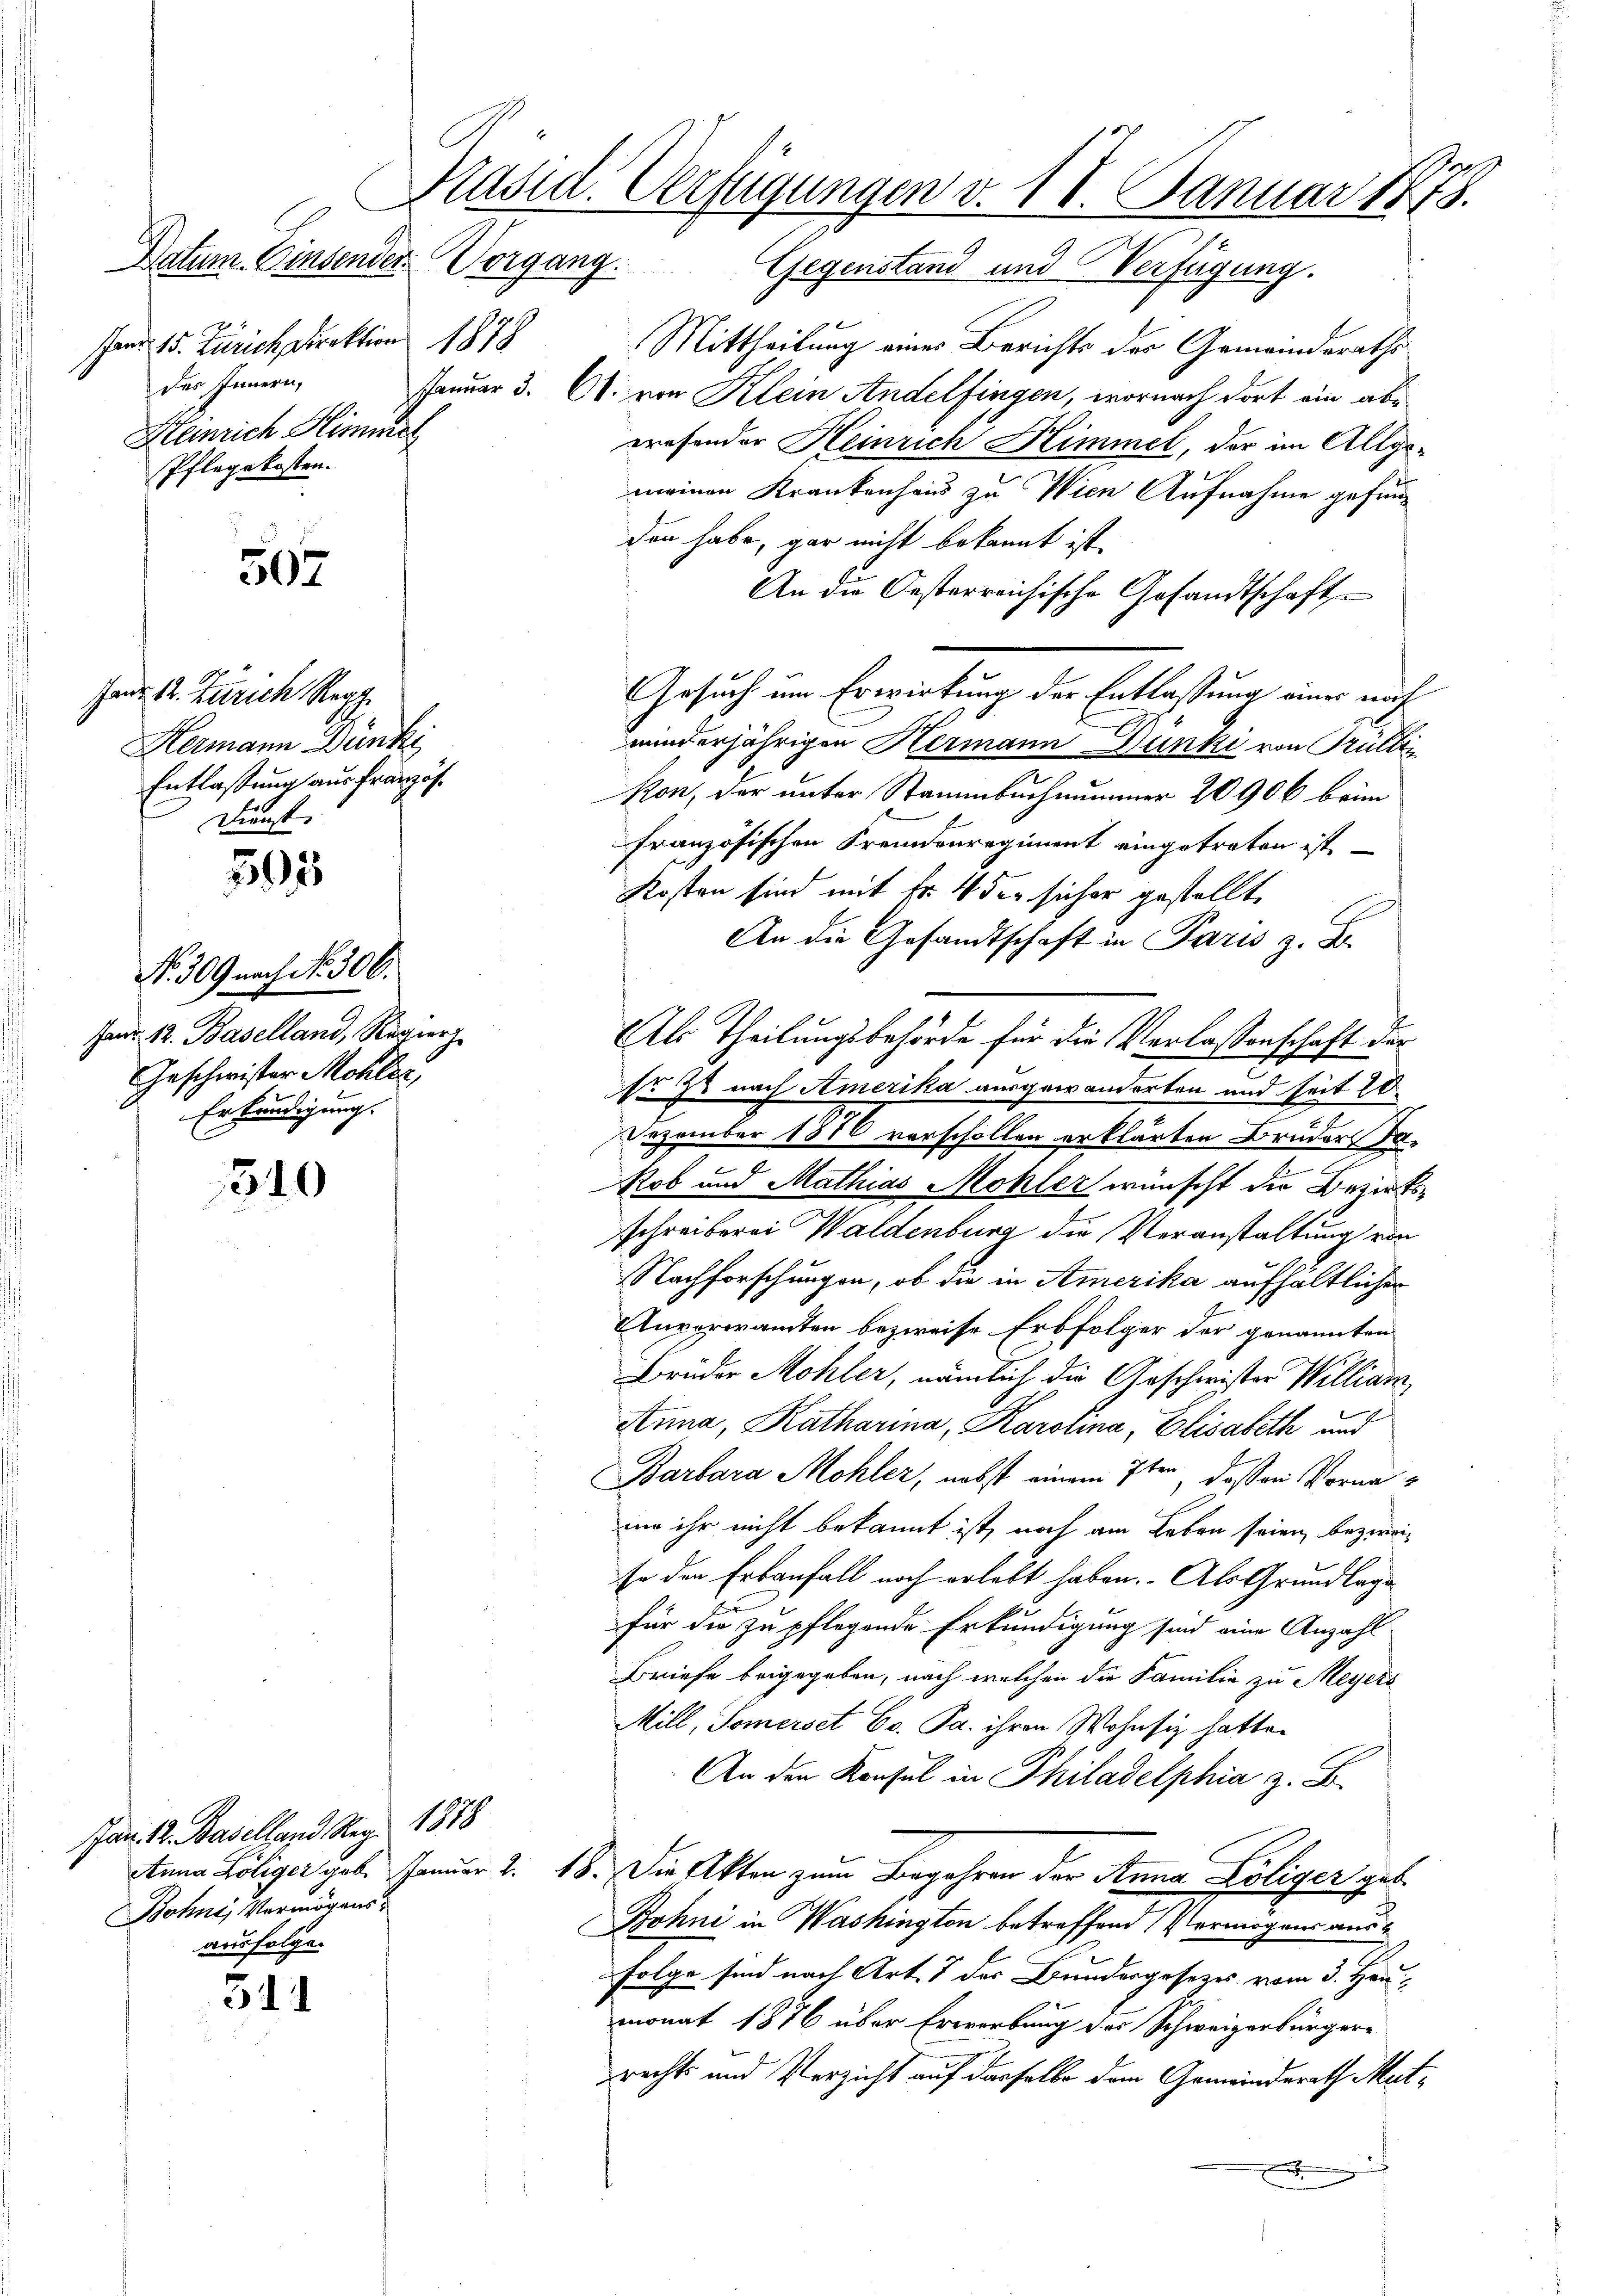
Janr. 15. Zürich Direktion 1878
des Innern,
Heinrich Himmer
Pflegekosten.

507

302

540

511

e
Präsid. Verfügungen v. 18. Januar 1848.
Datum. Einsender Vorgang. Gegenstand und Verfügung.

Janr. 12. Zürich Reg.
Hermann Dunke
Entlassung aus französ.
Dienst.

No. 309 nach No. 306.
Hand 12. Baselland, Regier
Geschwister Mohler,
Erkundigung.

Jan. 12. Baselland Reg. 1888
Bohne Vermögensausfolgen

Mittheilung eines Berichts der Gemeindsraths¬
Januar 3. C. von Klein Andelfingen, wornach dort ein abwresonder Heinrich Himmel, der im Allgemeinen Krankenhaus zu Wien Aufnahme gefunden habe, gar nicht bekannt ist.
An die Oesterreichische Gesandtschaft
Arsuch um Erwirkung der Entlassung einer nach
minderjährigen Hermann Dunki von Trüllin
kon, der unter Stammbuchnummer 20906 beim
französischen Fremdenregiment eingetreten ist.
Kosten sind mit Fr. 4 der sicher gestellt.
An die Gesandtschaft in Paris z. B.
Als Theilungsbehörde für die Verlassenschaft der
st zu nach Amerika ausgewanderten und seit 20
Dezember 1876 vorschollen erklärten Bruders da¬
Rob und Mathias Mohler wünscht die Bezirksschreiberei Waldenburg die Veranstaltung von
Nachforschungen, ob die in Amerika aufhältlicher
Unvorwandten bezweife Erbfolger der genannten
Brüder Mohler, nämlich die Geschwister William,
Anna, Katharina, Karolina, Elisabeth und
Barbara Mohler, nebst einem 7ten, daß an Vornaum ihr nicht bekannt ist, noch am Leben seien, bezweise den Erbanfall noch erlebt haben. Als Grundlage
für die zu pflegende Erkundigung sind eine Anzahl
Briefe beigegeben, nach welchen die Familie zu Meyers
Mill, Somerset Co. Pa. ihren Wohnsiz hatte.
An den Konsul in Philadelphia z. B.
Anna Löliger geb. Januar 2. 18. Die Akten zum Begehren der Anna Löliger geb.
Bohni in Washington betreffend Vermögens aus
Folge sind nach Art. 1 der Bundesgesetzes vom 3. Hau
monat 1876 über Erwerbung des Schweizerbürger-
rechts und Verzicht auf dasselbe dem Gemeindsrath Mutx